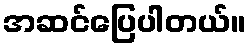
အဆင်ပြေပါတယ်။